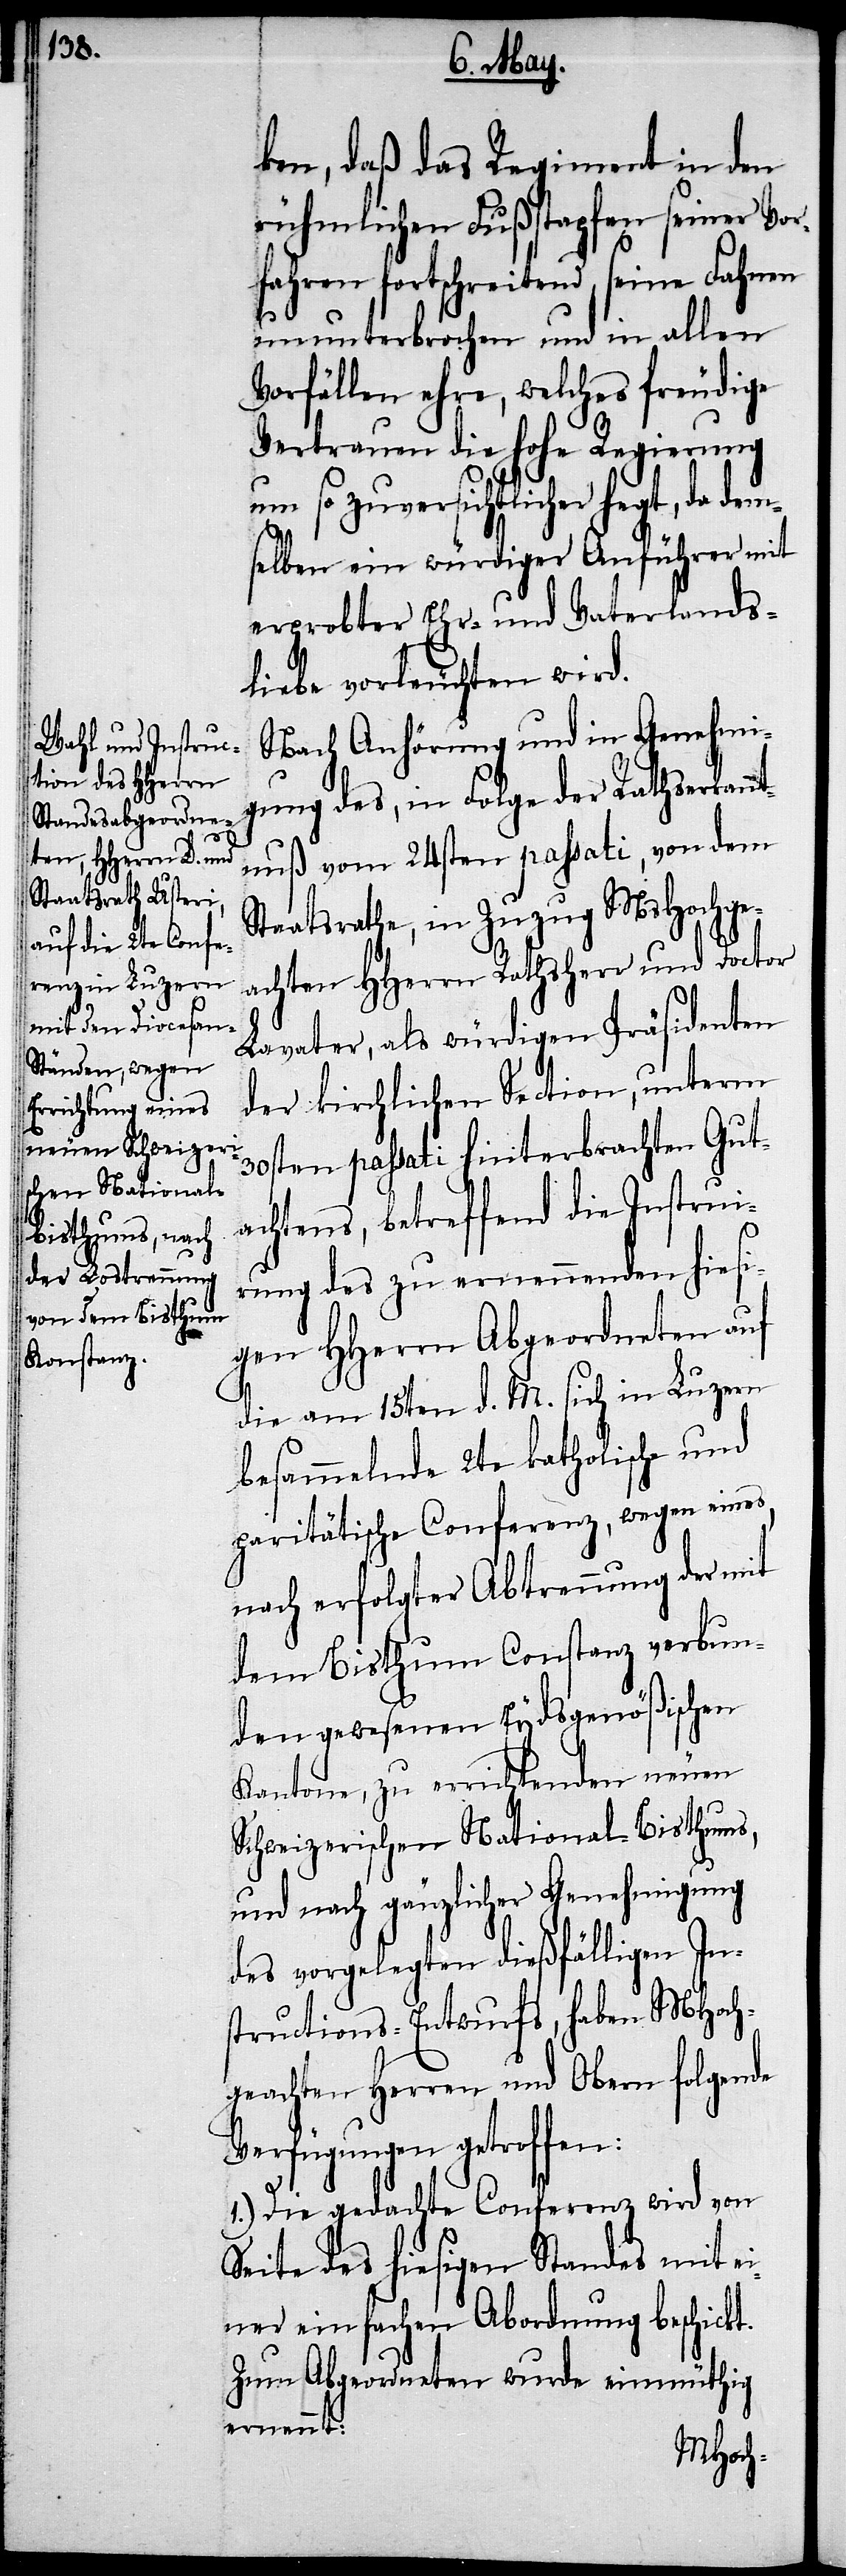
ken, daß das Regiment in den
rühmlichen Fußstapfen seiner Vor¬
fahren fortschreitend, seine Fahnen
ununterbrochen und in allen
Vorfällen ehre, welches freudige
Vertrauen die hohe Regierung
um so zuversichtlicher hegt, da dem¬
selben ein würdiger Anführer mit
erprobter Ehr- und Vaterlands¬
liebe vorleuchten wird.
Nach Anhörung und in Genehmi¬
gung des, in Folge der Rathserkannt¬
nuß vom 24sten passati, von dem
Staatsrathe, in Zuzug MsHochge¬
achten HHerrn Rathsherr und Doctor
Lavater, als würdigen Präsidenten
der kirchlichen Section, unterm
30sten passati hinterbrachten Gut¬
achtens, betreffend die Instrui¬
rung des zu ernennenden hiesi¬
gen HHerrn Abgeordneten auf
die am 15ten d. M. sich in Luzern
besammelnde 2te katholische und
paritätische Conferenz, wegen eines,
nach erfolgter Abtrennung der mit
dem Bisthum Constanz verbun¬
den gewesenen Eydsgenößischen
Kantone, zu errichtenden neuen
Schweizerischen National-Bisthums,
und nach gänzlicher Genehmigung
des vorgelegten dießfälligen In¬
structions-Entwurfs, haben MHoch¬
geachten Herren und Obern folgende
Verfügungen getroffen:
1.) Die gedachte Conferenz wird von
Seite des hiesigen Standes mit ei¬
ner einfachen Abordnung beschickt.
Zum Abgeordneten wurde einmüthig
ernennt: